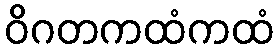
ဝိဂတကထံကထံ